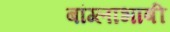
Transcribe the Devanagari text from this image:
बांग्‍लाभाषी